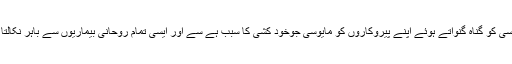
مایوسی کو گناہ گنواتے ہوئے اپنے پیروکاروں کو مایوسی جوخود کشی کا سبب ہے سے اور ایسی تمام روحانی بیماریوں سے باہر نکالتا ہے۔